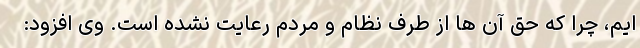
ایم، چرا که حق آن ها از طرف نظام و مردم رعایت نشده است. وی افزود: